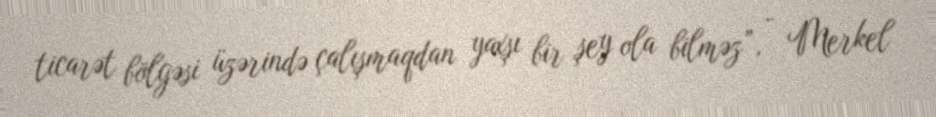
ticarət bölgəsi üzərində çalışmaqdan yaxşı bir şey ola bilməz”, - Merkel